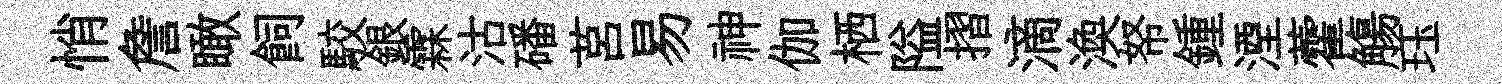
悄詹瞰飼駮銀霖沽磻莒易神伽栖隘摺滴渙帑鍾湮藿觴珏